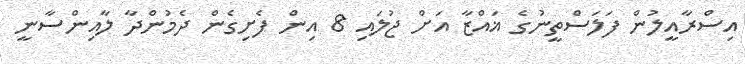
އިސްރާއީލުން ފަލަސްތީނުގެ ޣައްޒާ އަށް ޖުލައި 8 އިން ފެށިގެން ދެމުންދާ ލާއިންސާނީ